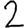
Digit: 2